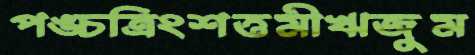
পঙ্চত্রিংশত্তমীঋজুম